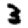
Digit: 3